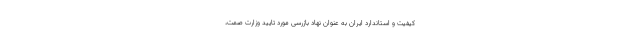
کیفیت و استاندارد ایران به عنوان نهاد بازرسی مورد تایید وزارت صمت،